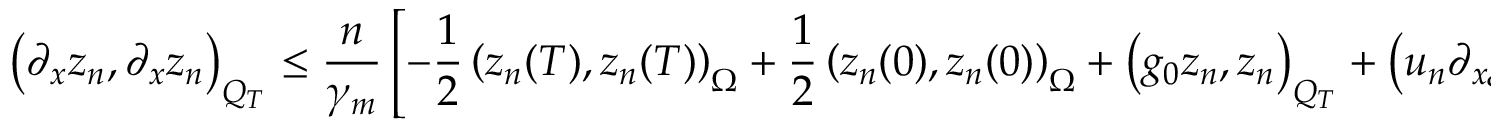
\left( \partial _ { x } z _ { n } , \partial _ { x } z _ { n } \right) _ { Q _ { T } } \leq \frac { n } { \gamma _ { m } } \left[ - \frac { 1 } { 2 } \left( z _ { n } ( T ) , z _ { n } ( T ) \right) _ { \Omega } + \frac { 1 } { 2 } \left( z _ { n } ( 0 ) , z _ { n } ( 0 ) \right) _ { \Omega } + \left( g _ { 0 } z _ { n } , z _ { n } \right) _ { Q _ { T } } + \left( u _ { n } \partial _ { x } g _ { 0 } , z _ { n } \right) _ { Q _ { T } } \right]